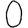
Digit: 0